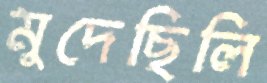
মুদেছিলি